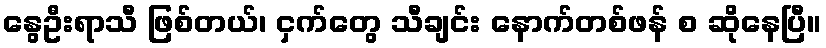
နွေဦးရာသီ ဖြစ်တယ်၊ ငှက်တွေ သီချင်း နောက်တစ်ဖန် စ ဆိုနေပြီ။